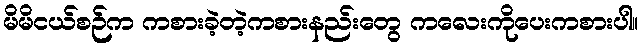
မိမိငယ်စဉ်က ကစားခဲ့တဲ့ကစားနည်းတွေ ကလေးကိုပေးကစားပါ။